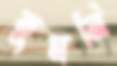
ডুমনি